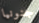
جنونيا